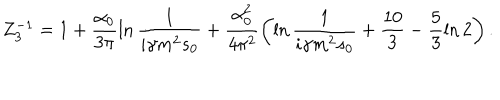
Z _ { 3 } ^ { - 1 } = 1 + \frac { \alpha _ { 0 } } { 3 \pi } \ln \frac 1 { i \gamma m ^ { 2 } s _ { 0 } } + \frac { \alpha _ { 0 } ^ { 2 } } { 4 \pi ^ { 2 } } \left( \ln \frac 1 { i \gamma m ^ { 2 } s _ { 0 } } + \frac { 1 0 } { 3 } - \frac 5 3 \ln 2 \right) .